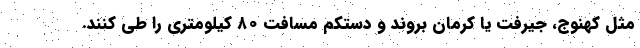
مثل کهنوج، جیرفت یا کرمان بروند و دستکم مسافت ۸۰ کیلومتری را طی کنند.